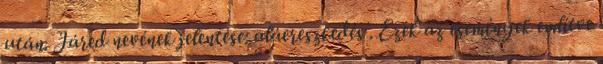
után. Járed nevének jelentése: aláereszkedés . Ezek az események említve